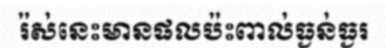
រ៉ស់នេះមានផលប៉ះពាល់ធ្ងន់ធ្ងរ